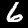
Label: 6